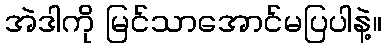
အဲဒါကို မြင်သာအောင်မပြပါနဲ့။